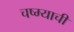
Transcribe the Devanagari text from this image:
चष्म्याची